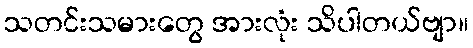
သတင်းသမားတွေ အားလုံး သိပါတယ်ဗျာ။